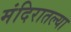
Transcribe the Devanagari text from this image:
मंदिरातल्या